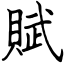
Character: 賦